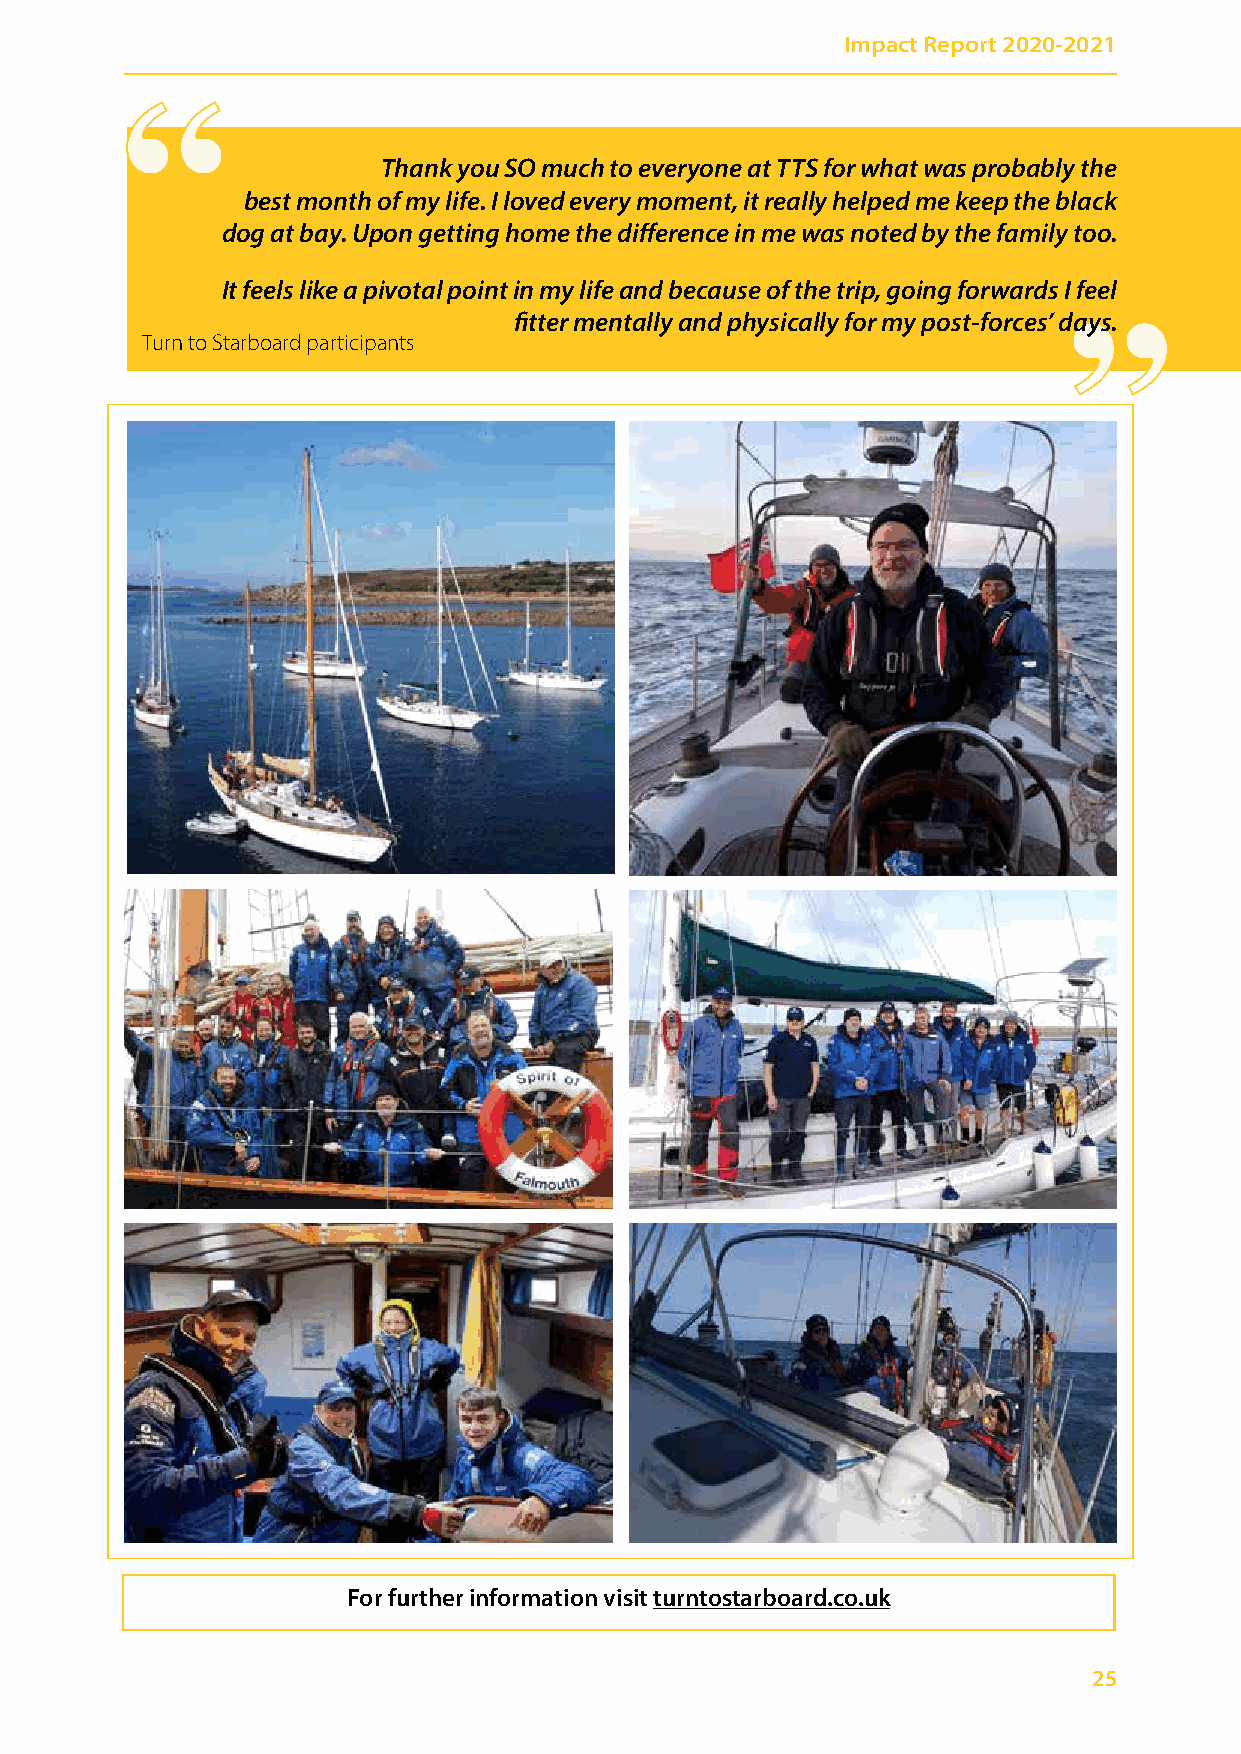
Impact Report 2020-2021
 ““
 Thank you SO much to everyone at TTS for what was probably the
 ““
 best month of my life. I loved every moment, it really helped me keep the black
 dog at bay. Upon getting home the difference in me was noted by the family too.
 It feels like a pivotal point in my life and because of the trip, going forwards I feel
 fitter mentally and physically for my post-forces’ days.
 Turn to Starboard participants
 For further information visit turntostarboard.co.uk
 25